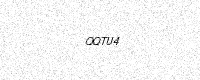
Text: QQTU4